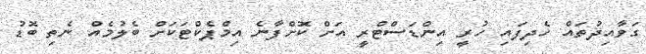
ގަވާއިދުތައް ހެދިފައި ހުރީ އިންޑަސްޓްރީ އަށް ކޮށްފާނެ އިމްޕެކްޓަކަށް ބެލުމެއް ނެތި ބޮޑު